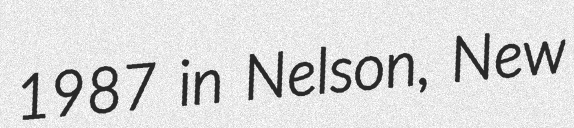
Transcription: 1987 in Nelson, New